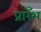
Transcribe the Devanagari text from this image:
प्रारँभ